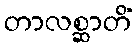
တာလစ္ဆာတိံ